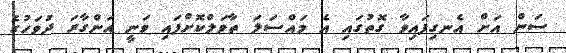
ސަން އަށް އެނގިފައިވާ ގޮތުގައި އެ މައްސަލަ ތާވަލްކޮށްފައި ވަނީ އަންގާރަ ދުވަހުގެ